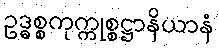
ဥဒ္ဓစ္စကုက္ကုစ္စဋ္ဌာနိယာနံ